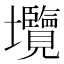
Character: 𡔑